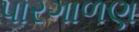
પારગાળણ